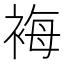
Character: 𧚀